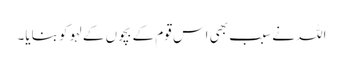
اللہ نے سبب بھی اس قوم کے بچوں کے لہو کو بنایا۔